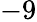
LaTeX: -9